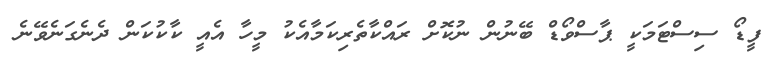
ފީޑޯ ސިސްޓަމަކީ ޕާސްވޯޑް ބޭނުން ނުކޮށް ރައްކާތެރިކަމާއެކު މީހާ އެއީ ކާކުކަން ދެނެގަނެވޭނެ